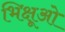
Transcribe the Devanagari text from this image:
भिक्षूओ